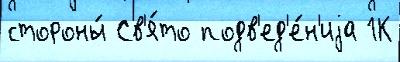
стороны́ Св'я́то подв'ед'е́н'иjа 1К